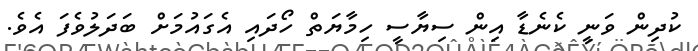
ކުދިން ވަނީ ކެނެޑާ އިން ސިޔާސީ ހިމާޔަތް ހޯދައި އެގައުމަށް ބަދަލުވެފަ އެވެ.